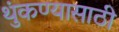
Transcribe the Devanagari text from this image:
थुंकण्यासाठी